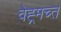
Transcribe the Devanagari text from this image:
वेह्र्मच्त